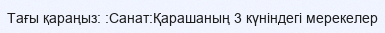
Тағы қараңыз: :Санат:Қарашаның 3 күніндегі мерекелер